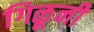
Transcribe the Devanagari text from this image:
गिळूनी